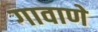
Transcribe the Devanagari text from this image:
गावाणे